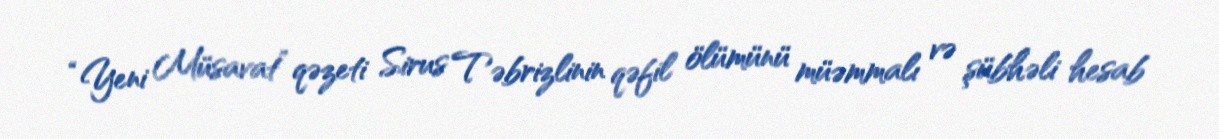
“Yeni Müsavat” qəzeti Sirus Təbrizlinin qəfil ölümünü müəmmalı və şübhəli hesab